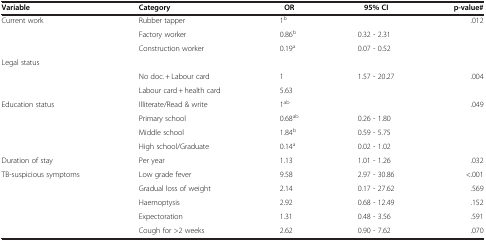
<table><thead><tr><td><b>Variable</b></td><td><b>Category</b></td><td><b>OR</b></td><td><b>95% CI</b></td><td><b>p-value#</b></td></tr></thead><tbody><tr><td rowspan="3">Current work</td><td>Rubber tapper</td><td>1<sup>b</sup></td><td> </td><td>.012</td></tr><tr><td>Factory worker</td><td>0.86<sup>b</sup></td><td>0.32 - 2.31</td><td> </td></tr><tr><td>Construction worker</td><td>0.19<sup>a</sup></td><td>0.07 - 0.52</td><td> </td></tr><tr><td rowspan="3">Legal status</td><td> </td><td> </td><td> </td><td> </td></tr><tr><td>No doc. + Labour card</td><td>1</td><td>1.57 - 20.27</td><td>.004</td></tr><tr><td>Labour card + health card</td><td>5.63</td><td> </td><td> </td></tr><tr><td rowspan="4">Education status</td><td>Illiterate/Read &amp; write</td><td>1<sup>ab</sup></td><td> </td><td rowspan="4">.049</td></tr><tr><td>Primary school</td><td>0.68<sup>ab</sup></td><td>0.26 - 1.80</td></tr><tr><td>Middle school</td><td>1.84<sup>b</sup></td><td>0.59 - 5.75</td></tr><tr><td>High school/Graduate</td><td>0.14<sup>a</sup></td><td>0.02 - 1.02</td></tr><tr><td>Duration of stay</td><td>Per year</td><td>1.13</td><td>1.01 - 1.26</td><td>.032</td></tr><tr><td>TB-suspicious symptoms</td><td>Low grade fever</td><td>9.58</td><td>2.97 - 30.86</td><td>&lt;.001</td></tr><tr><td> </td><td>Gradual loss of weight</td><td>2.14</td><td>0.17 - 27.62</td><td>.569</td></tr><tr><td> </td><td>Haemoptysis</td><td>2.92</td><td>0.68 - 12.49</td><td>.152</td></tr><tr><td> </td><td>Expectoration</td><td>1.31</td><td>0.48 - 3.56</td><td>.591</td></tr><tr><td> </td><td>Cough for &gt;2 weeks</td><td>2.62</td><td>0.90 - 7.62</td><td>.070</td></tr></tbody></table>